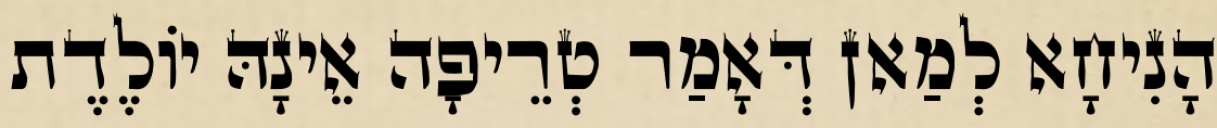
הָנִיחָא לְמַאן דְּאָמַר טְרֵיפָה אֵינָהּ יוֹלֶדֶת